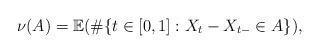
\begin{align*}\nu(A)=\mathbb{E}(\# \{t\in [0,1]: X_{t}-X_{t-}\in A\}) , \end{align*}